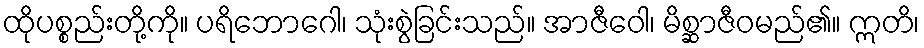
ထိုပစ္စည်းတို့ကို။ ပရိဘောဂေါ၊ သုံးစွဲခြင်းသည်။ အာဇီဝေါ၊ မိစ္ဆာဇီဝမည်၏။ ဣတိ၊